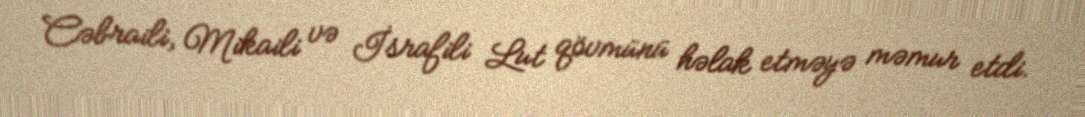
Cəbraili, Mikaili və İsrafili Lut qövmünü həlak etməyə məmur etdi.